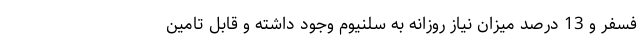
فسفر و 13 درصد میزان نیاز روزانه به سلنیوم وجود داشته و قابل تامین